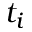
t _ { i }